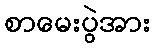
စာမေးပွဲအား